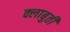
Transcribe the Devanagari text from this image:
क्लाबुती